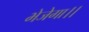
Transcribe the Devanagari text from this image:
भेजेगा।।